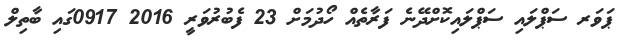
ޕަވަރ ސަޕްލައި ސަޕްލައިކޮށްދޭނެ ފަރާތެއް ހޯދުމަށް 23 ފެބުރުވަރީ 2016 0917ގައި ބާތިލް